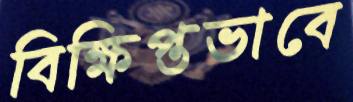
বিক্ষিপ্তভাবে